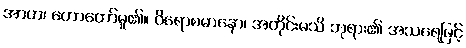
အာဟ၊ ဟောတော်မူ၏။ ဝိရောစမာနော၊ အတိုင်းမသိ ဘုရား၏ အသရေဖြင့်